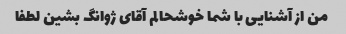
من از آشنایی با شما خوشحالم آقای ژوانگ بشین لطفا